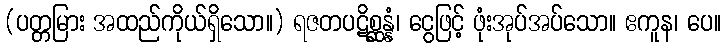
(ပတ္တမြား အထည်ကိုယ်ရှိသော။) ရဇတပဋိစ္ဆန္နံ၊ ငွေဖြင့် ဖုံးအုပ်အပ်သော။ ဧကူန၊ ပေ။